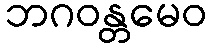
ဘဂဝန္တမေဝ